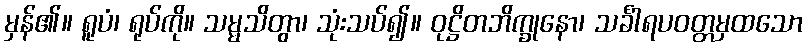
မှန်၏။ ရူပံ၊ ရုပ်ကို။ သမ္မသိတွာ၊ သုံးသပ်၍။ ဝုဋ္ဌိတဘိက္ခုနော၊ သင်္ခါရပဝတ္တမှထသော